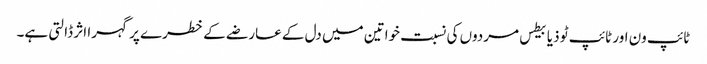
ٹائپ ون اور ٹائپ ٹو ذیابیطس مردوں کی نسبت خواتین میں دل کے عارضے کے خطرے پر گہرا اثر ڈالتی ہے۔